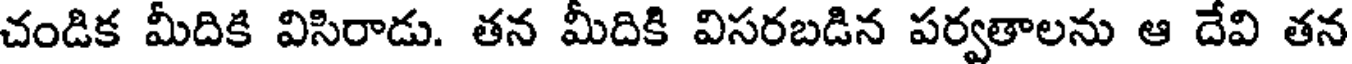
చండిక మీదికి విసిరాడు. తన మీదికి విసరబడిన పర్వతాలను ఆ దేవి తన